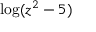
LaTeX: \log ( z ^ { 2 } - 5 )